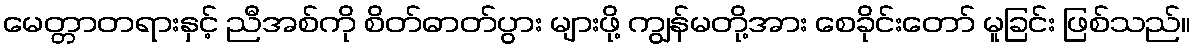
မေတ္တာတရားနှင့် ညီအစ်ကို စိတ်ဓာတ်ပွား များဖို့ ကျွန်မတို့အား စေခိုင်းတော် မူခြင်း ဖြစ်သည်။